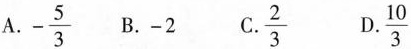
A.- \frac{5}{3} B.-2 C.\frac{2}{3} D.\frac{10}{3}